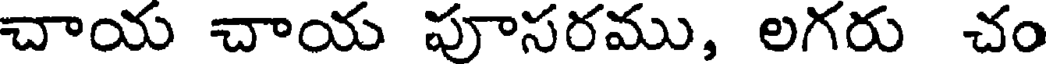
చాయ చాయ పూసరము, లగరు చం